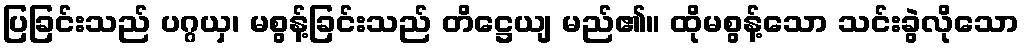
ပြခြင်းသည် ပဂ္ဂယှ၊ မစွန့်ခြင်းသည် တိဋ္ဌေယျ မည်၏။ ထိုမစွန့်သော သင်းခွဲလိုသော